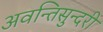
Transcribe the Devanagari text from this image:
अवन्तिसुन्दरी